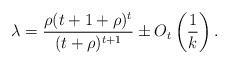
LaTeX: \begin{align*} \lambda = \frac{\rho(t+1+\rho)^t}{(t+\rho)^{t+1}} \pm O_t\left(\frac{1}{k}\right).\end{align*}